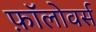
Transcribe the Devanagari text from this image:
फ़ॉलोवर्स